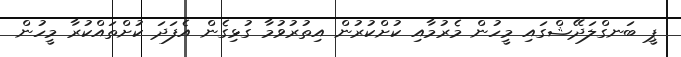
ޕީ ބަނގްލަދޭޝްގައި މީހުން މެރުމާއި ކުށްކުރުން އިތުރުވުމާ ގުޅިގެން އެފަދަ ކުށްތައްކުރާ މީހުން